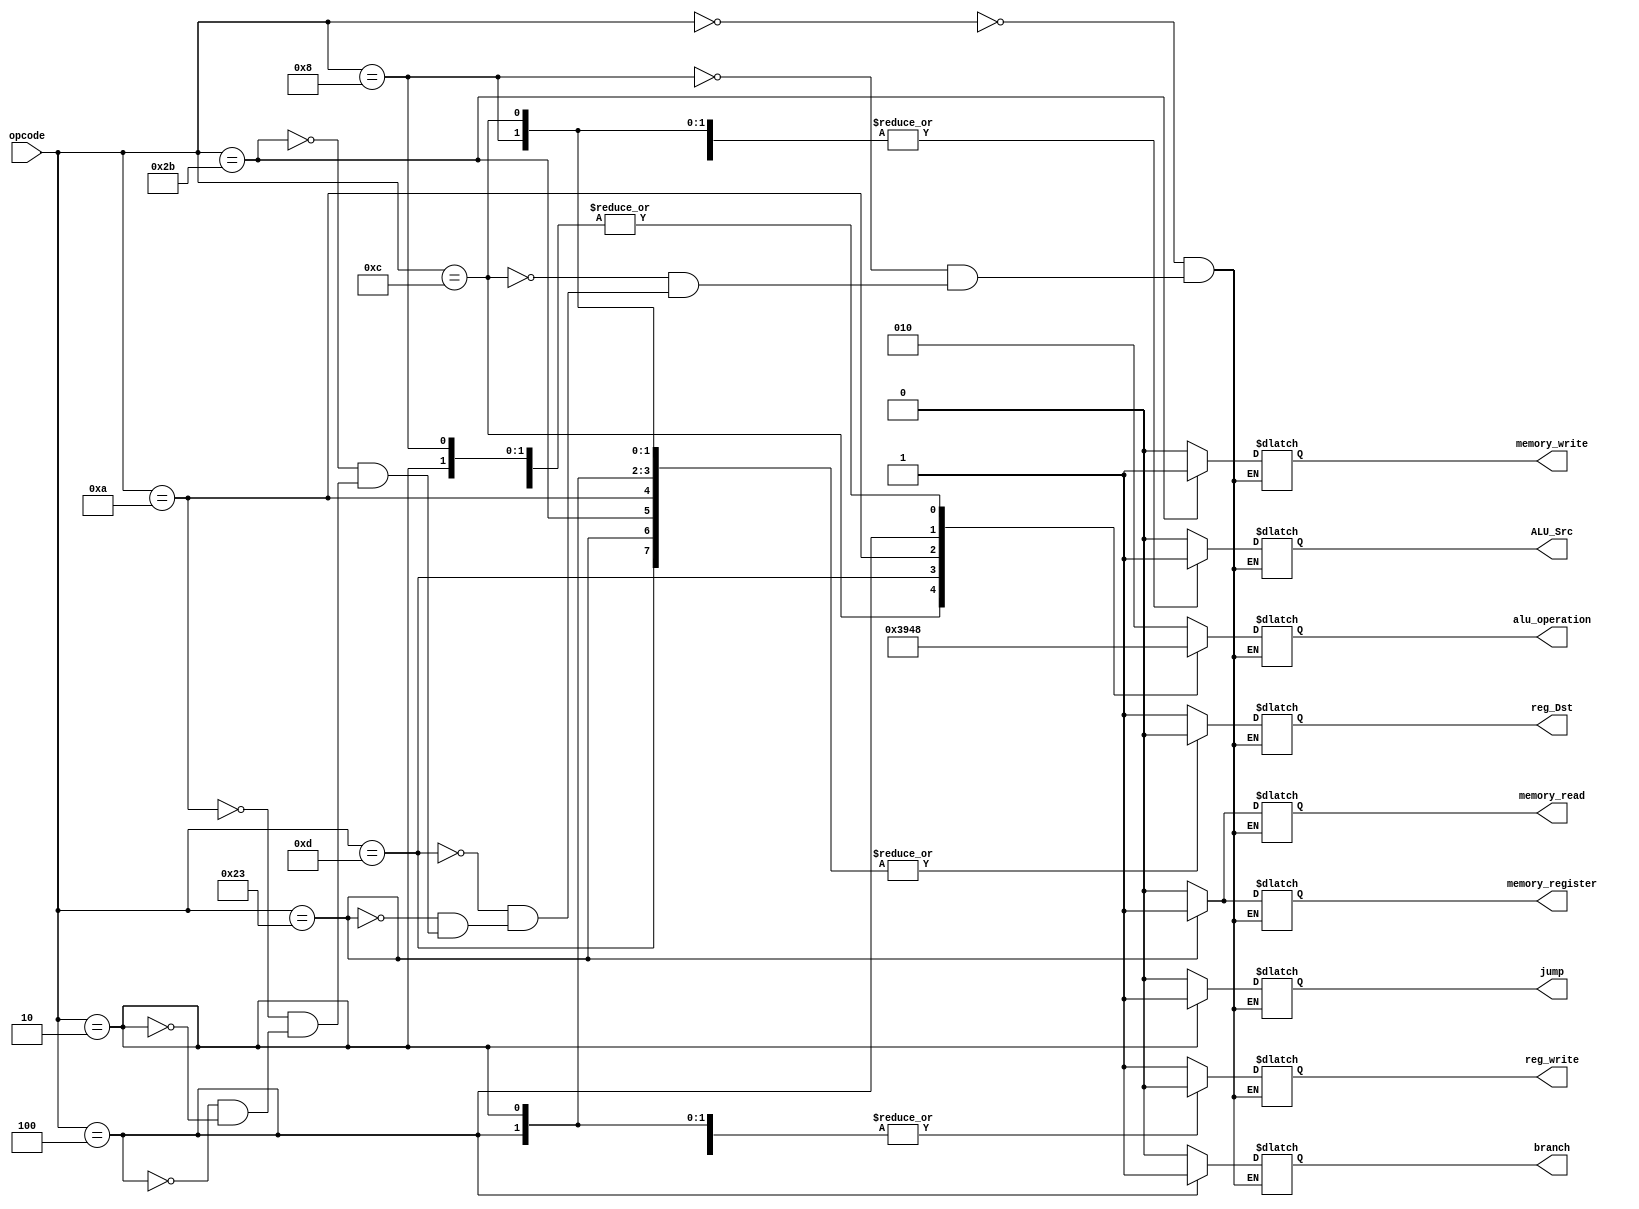
module MyControlUnit(
    input [31:26] opcode,
    output reg reg_Dst,
    output reg branch,
    output reg memory_read,
    output reg memory_register,
    output reg [2:0] alu_operation,
    output reg memory_write,
    output reg ALU_Src,
    output reg reg_write, 
    output reg jump   
);

always @*
begin
    case (opcode)
        6'b000000://Instrucciones Tipo R
        begin 
            reg_Dst=1'b1;
            branch=1'b0;
            memory_read = 1'b0;
            memory_register = 1'b0;
            alu_operation = 3'b010;
	    memory_write = 1'b0;
            ALU_Src=1'b0;
            reg_write = 1'b1;
	    jump=1'b0;
        end
        6'b001000://ADDI
        begin 
            reg_Dst=1'b0;
            branch=1'b0;
            memory_read = 1'b0;
            memory_register = 1'b0;
            alu_operation = 3'b000;
	    memory_write = 1'b0;
            ALU_Src=1'b1;
            reg_write = 1'b1;
	    jump=1'b0;
        end
        6'b001100://ANDI
        begin 
            reg_Dst=1'b0;
            branch=1'b0;
            memory_read = 1'b0;
            memory_register = 1'b0;
            alu_operation = 3'b011;
	    memory_write = 1'b0;
            ALU_Src=1'b1;
            reg_write = 1'b1;
	    jump=1'b0;
        end
        6'b001101://ORI
        begin 
            reg_Dst=1'b0;
            branch=1'b0;
            memory_read = 1'b0;
            memory_register = 1'b0;
            alu_operation = 3'b100;
	    memory_write = 1'b0;
            ALU_Src=1'b1;
            reg_write = 1'b1;
            jump=1'b0;
        end
        /*6'b000000://SUBI??
        begin 
            reg_Dst=1'b0;
            branch=1'b0;
            memory_read = 1'b0;
            memory_register = 1'b0;
            alu_operation = 3'b001;
	    memory_write = 1'b0;
            ALU_Src=1'b1;
            reg_write = 1'b1;
            jump=1'b0;
        end*/
        6'b100011://LW
        begin 
            reg_Dst=1'b0;
            branch=1'b0;
            memory_read = 1'b1;
            memory_register = 1'b1;
            alu_operation = 3'b000;
	    memory_write = 1'b0;
            ALU_Src=1'b1;
            reg_write = 1'b1;
            jump=1'b0;
        end
        6'b101011://SW
        begin 
            reg_Dst=1'b0;
            branch=1'b0;
            memory_read = 1'b0;
            memory_register = 1'b0;
            alu_operation = 3'b000;
	    memory_write = 1'b1;
            ALU_Src=1'b1;
            reg_write = 1'b0;
            jump=1'b0;
        end
        6'b001010://SLTI
        begin 
            reg_Dst=1'b0;
            branch=1'b0;
            memory_read = 1'b0;
            memory_register = 1'b0;
            alu_operation = 3'b101;
	    memory_write = 1'b0;
            ALU_Src=1'b1;
            reg_write = 1'b1;
            jump=1'b0;
        end
        6'b000100://BEQ
        begin 
            reg_Dst=1'b0;
            branch=1'b1;
            memory_read = 1'b0;
            memory_register = 1'b0;
            alu_operation = 3'b001;
	    memory_write = 1'b0;
            ALU_Src=1'b0;
            reg_write = 1'b0;
            jump=1'b0;
        end
        /*6'b000101://BNE
        begin 
            reg_Dst=1'b0;
            branch=1'b1;
            memory_read = 1'b0;
            memory_register = 1'b0;
            alu_operation = 3'b001;//No se puede implementar
	    memory_write = 1'b0;
            ALU_Src=1'b0;
            reg_write = 1'b0;
            jump=1'b0;
        end
        6'b000111://BGTZ
        begin 
            reg_Dst=1'b0;
            branch=1'b1;
            memory_read = 1'b0;
            memory_register = 1'b0;
            alu_operation = 3'b101; //No se puede implementar totalmente
	    memory_write = 1'b0;
            ALU_Src=1'b0;
            reg_write = 1'b0;
            jump=1'b0;
        end*/
        6'b000010://Instruccin J
	begin
            reg_Dst=1'b0;
            branch=1'b0;
            memory_read = 1'b0;
            memory_register = 1'b0;
            alu_operation = 3'b000;
	    memory_write = 1'b0;
            ALU_Src=1'b0;
            reg_write = 1'b0;
	    jump=1'b1;
	end
    endcase
end

endmodule